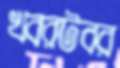
খবরটবর